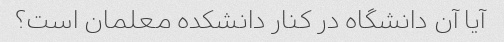
آیا آن دانشگاه در کنار دانشکده معلمان است؟